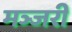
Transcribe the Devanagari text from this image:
मञ्जरी